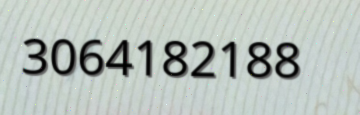
3064182188